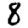
Digit: 8